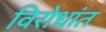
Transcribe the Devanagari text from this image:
विरोधांत